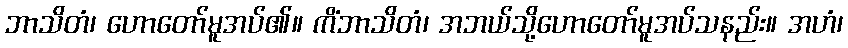
ဘာသိတံ၊ ဟောတော်မူအပ်၏။ ကိံဘာသိတံ၊ အဘယ်သို့ဟောတော်မူအပ်သနည်း။ အဟံ၊